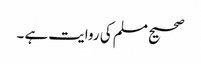
صحیح مسلم کی روایت ہے ۔